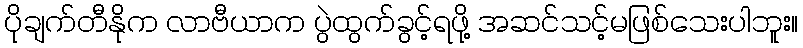
ပိုချက်တီနိုက လာဗီယာက ပွဲထွက်ခွင့်ရဖို့ အဆင်သင့်မဖြစ်သေးပါဘူး။